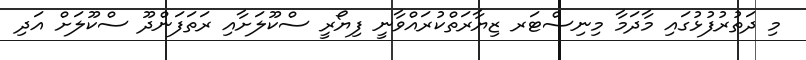
މި ދަތުރުފުޅުގައި މާދަމާ މިނިސްޓަރ ޒިޔާރަތްކުރައްވާނީ ފިޔޯރީ ސްކޫލަށާއި ރަތަފަންދޫ ސްކޫލަށް އަދި